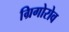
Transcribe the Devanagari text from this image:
ग्रिगोरोव